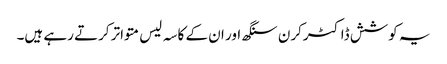
یہ کوشش ڈاکٹرکرن سنگھ اور ان کے کاسہ لیس متواتر کرتے رہے ہیں۔